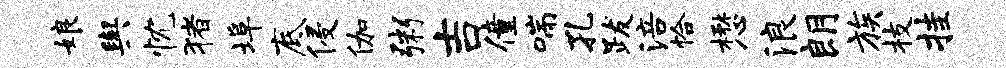
娘舆忱猪埠底侵伽粥吉僮喘孔跋涪恰懋浪朗族枝挂